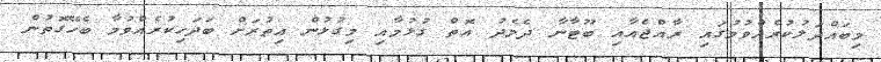
މިބައްދަލުކުރެއްވުމުގައި ރާއްޖެއާއި ބޫޓާނާ ދެމެދު އޮތް ގުޅުމާއި މިގުޅުން އިތުރަށް ބަދަހިކުރެއްވުމާ ބެހޭގޮތުން